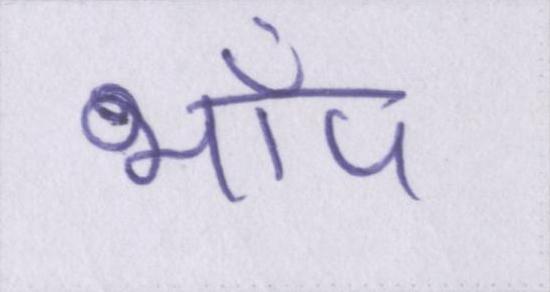
भाँप